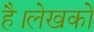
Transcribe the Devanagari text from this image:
है।लेखकों